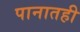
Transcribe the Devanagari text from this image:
पानातही